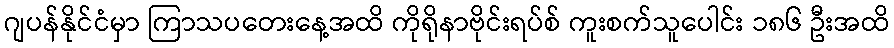
ဂျပန်နိုင်ငံမှာ ကြာသပတေးနေ့အထိ ကိုရိုနာဗိုင်းရပ်စ် ကူးစက်သူပေါင်း ၁၈၆ ဦးအထိ